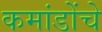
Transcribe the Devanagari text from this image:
कमांडोंचे